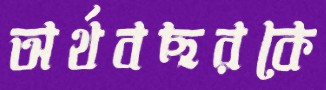
অর্থবছরকে